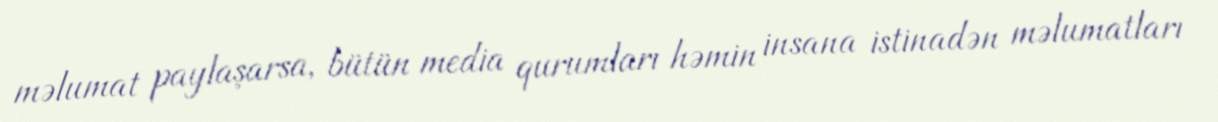
məlumat paylaşarsa, bütün media qurumları həmin insana istinadən məlumatları